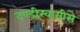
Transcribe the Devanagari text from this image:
दण्डीस्वामीसे